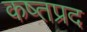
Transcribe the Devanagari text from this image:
कष्तप्रद